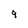
Character: 9